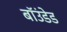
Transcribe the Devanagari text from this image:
बॉउंडेड